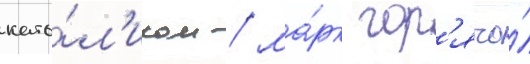
като́л'иком / ма́рк гор'ячо́